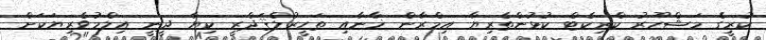
ކުރީގެ މަޝްހޫރު ކްރިކެޓް ކުޅުންތެރިޔާ އިމްރާން ޚާނާއި ތަހީރުލްޤަދްރީ ކިޔާ ދީނީ އިލްމުވެރިޔަކަށް